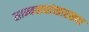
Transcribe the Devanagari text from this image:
साम्यवाद्यांसारख्पा